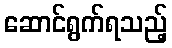
ဆောင်ရွက်ရသည့်